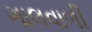
ગાલવાળી